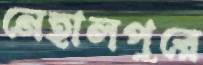
নেহালপুরে